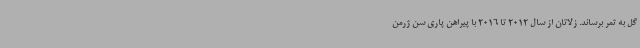
گل به ثمر برساند. زلاتان از سال 2012 تا 2016 با پیراهن پاری سن ژرمن